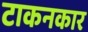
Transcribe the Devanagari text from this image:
टाकनकार